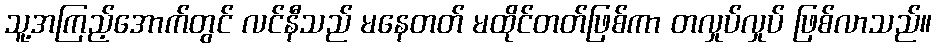
သူ့အကြည့်အောက်တွင် လင်နီသည် မနေတတ် မထိုင်တတ်ဖြစ်ကာ တလှုပ်လှုပ် ဖြစ်လာသည်။